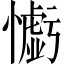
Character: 𢣧